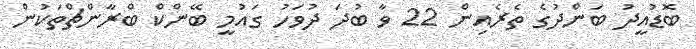
ބޮޑުއީދު ބަންދުގެ ތެރެއިން 22 ވާ ބުދަ ދުވަހު ގައުމީ ބޭންކް ބްރާންޗްތަކުން